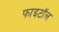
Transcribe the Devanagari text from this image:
फाइटॉल